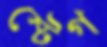
স্টেগ